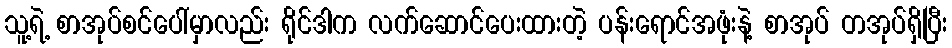
သူ့ရဲ့ စာအုပ်စင်ပေါ်မှာလည်း ရိုင်ဒါက လက်ဆောင်ပေးထားတဲ့ ပန်းရောင်အဖုံးနဲ့ စာအုပ် တအုပ်ရှိပြီး